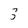
Character: 3